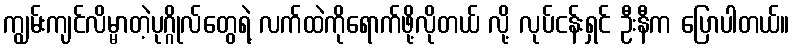
ကျွမ်းကျင်လိမ္မာတဲ့ပုဂ္ဂိုလ်တွေရဲ့ လက်ထဲကိုရောက်ဖို့လိုတယ် လို့ လုပ်ငန်းရှင် ဦးနီက ပြောပါတယ်။